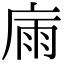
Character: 𢉀